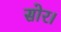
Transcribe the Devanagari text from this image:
सोर।